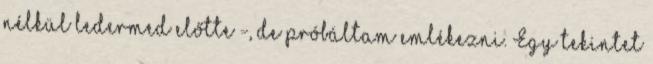
nélkül ledermed előtte -, de próbáltam emlékezni. Egy tekintet